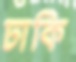
ঢাকি